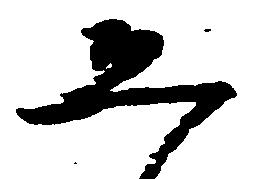
恐